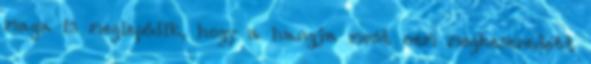
maga is meglepődik, hogy a hangja most nem megkeseredett